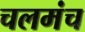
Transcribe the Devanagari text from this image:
चलमंच